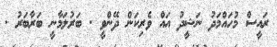
ރައީސް މުހައްމަދު ނަޝީދު އައް ވެރިކަން ދޭންވީ . ބަރުލަމާނީ ބަރާބަރު .